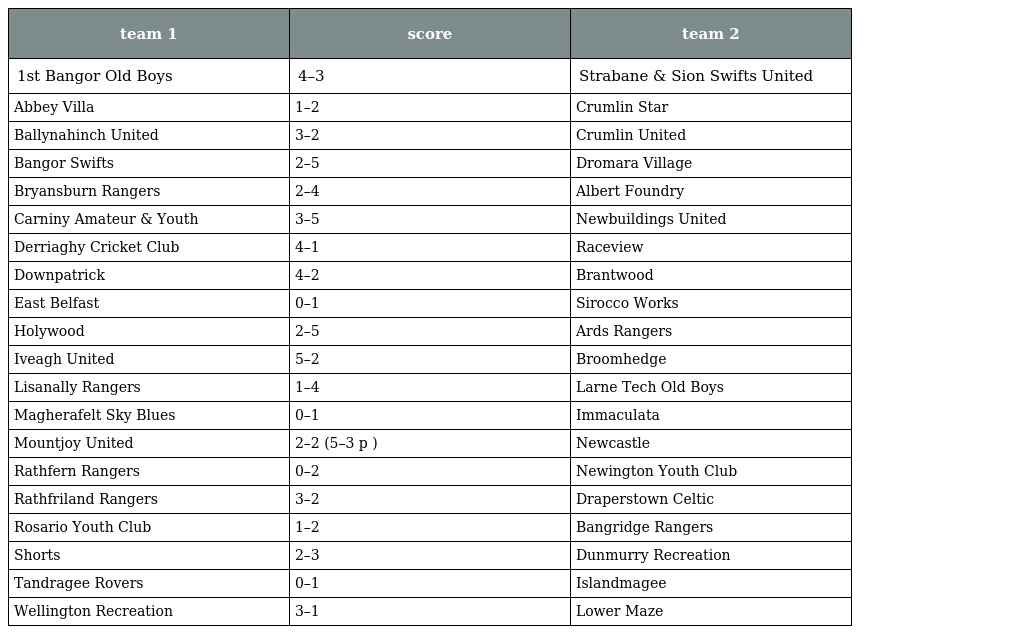
| team 1 | score | team 2 |
 | --- | --- | --- |
 | 1st Bangor Old Boys | 4–3 | Strabane & Sion Swifts United |
 | Abbey Villa | 1–2 | Crumlin Star |
 | Ballynahinch United | 3–2 | Crumlin United |
 | Bangor Swifts | 2–5 | Dromara Village |
 | Bryansburn Rangers | 2–4 | Albert Foundry |
 | Carniny Amateur & Youth | 3–5 | Newbuildings United |
 | Derriaghy Cricket Club | 4–1 | Raceview |
 | Downpatrick | 4–2 | Brantwood |
 | East Belfast | 0–1 | Sirocco Works |
 | Holywood | 2–5 | Ards Rangers |
 | Iveagh United | 5–2 | Broomhedge |
 | Lisanally Rangers | 1–4 | Larne Tech Old Boys |
 | Magherafelt Sky Blues | 0–1 | Immaculata |
 | Mountjoy United | 2–2 (5–3 p ) | Newcastle |
 | Rathfern Rangers | 0–2 | Newington Youth Club |
 | Rathfriland Rangers | 3–2 | Draperstown Celtic |
 | Rosario Youth Club | 1–2 | Bangridge Rangers |
 | Shorts | 2–3 | Dunmurry Recreation |
 | Tandragee Rovers | 0–1 | Islandmagee |
 | Wellington Recreation | 3–1 | Lower Maze |